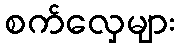
စက်လှေများ